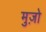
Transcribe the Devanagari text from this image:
मुज़ो